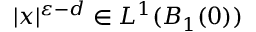
| x | ^ { \varepsilon - d } \in L ^ { 1 } ( B _ { 1 } ( 0 ) )